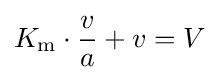
K_{\mathrm {m} }\cdot {v \over a}+v=V